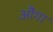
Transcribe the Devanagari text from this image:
औंगा